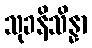
သုခနိသိန္နာ